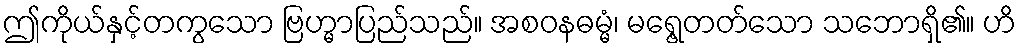
ဤကိုယ်နှင့်တကွသော ဗြဟ္မာပြည်သည်။ အစဝနဓမ္မံ၊ မရွေ့တတ်သော သဘောရှိ၏။ ဟိ